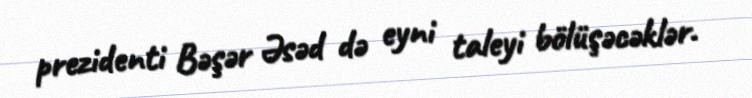
prezidenti Bəşər Əsəd də eyni taleyi bölüşəcəklər.